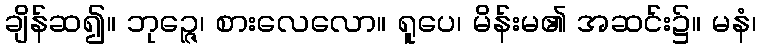
ချိန်ဆ၍။ ဘုဉ္ဇေ၊ စားလေလော။ ရူပေ၊ မိန်းမ၏ အဆင်း၌။ မနံ၊